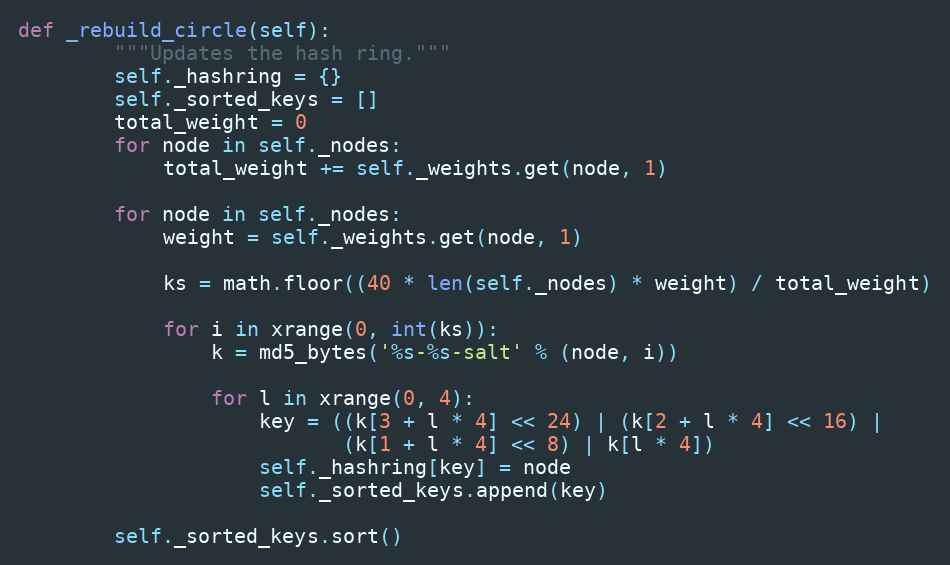
Language: Python
def _rebuild_circle(self):
        """Updates the hash ring."""
        self._hashring = {}
        self._sorted_keys = []
        total_weight = 0
        for node in self._nodes:
            total_weight += self._weights.get(node, 1)

        for node in self._nodes:
            weight = self._weights.get(node, 1)

            ks = math.floor((40 * len(self._nodes) * weight) / total_weight)

            for i in xrange(0, int(ks)):
                k = md5_bytes('%s-%s-salt' % (node, i))

                for l in xrange(0, 4):
                    key = ((k[3 + l * 4] << 24) | (k[2 + l * 4] << 16) |
                           (k[1 + l * 4] << 8) | k[l * 4])
                    self._hashring[key] = node
                    self._sorted_keys.append(key)

        self._sorted_keys.sort()